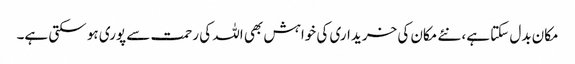
مکان بدل سکتا ہے، نئے مکان کی خریداری کی خواہش بھی اللہ کی رحمت سے پوری ہو سکتی ہے۔